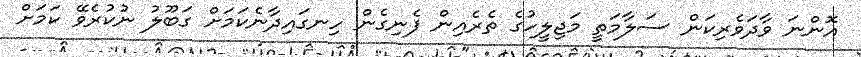
އޮންނަ ވާދަވެރިކަން ސަލާމަތީ މަޖިލީހުގެ ތެރެއިން ފެނިގެން ހިނގައިދާނެކަމަށް ގަބޫލު ނުކުރެވޭ ކަމަށް